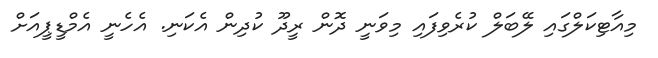
މިއާޓިކަލްގައި ލޭބަލް ކުރެވިފައި މިވަނީ ދޮން ރީދޫ ކުދިން އެކަނި. އެހެނީ އެމްޑީޕީއަށް